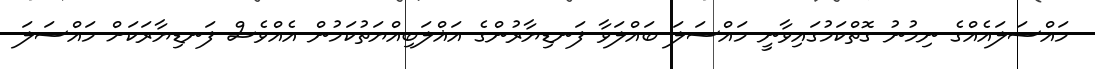
މައްސަލައެއްގެ ނިމުނު ގޮތްކަމުގައިވާނީ މައްސަލަ ބައްލަވާ ފަނޑިޔާރުންގެ އަޣްލަބިއްޔަތުކަމުން އެއްވެސް ފަނޑިޔާރަކަށް މައްސަލަ